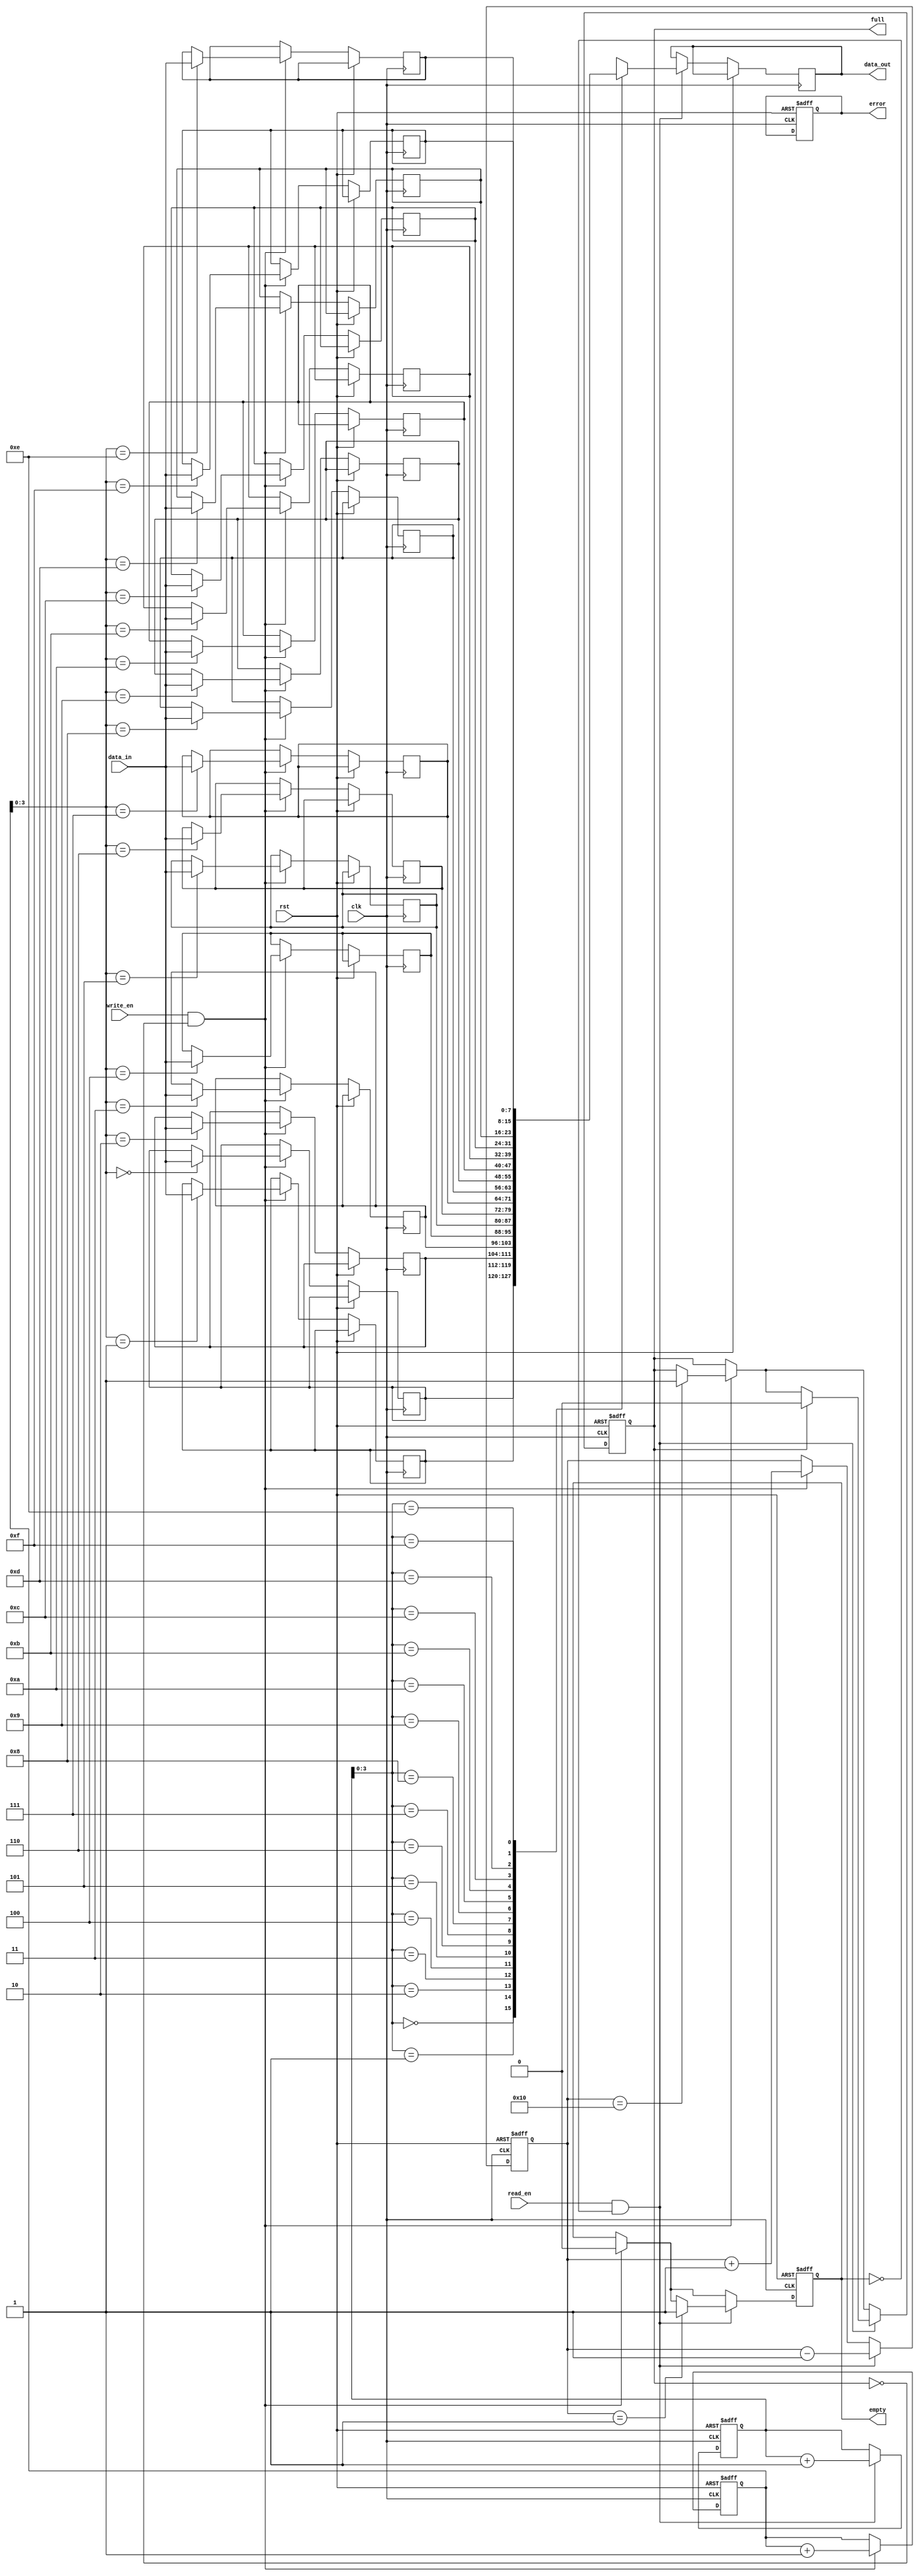
module Last_Word_Fall_Through_FIFO (
    input wire clk,
    input wire rst,
    input wire [DATA_WIDTH-1:0] data_in,
    input wire write_en,
    input wire read_en,
    output wire [DATA_WIDTH-1:0] data_out,
    output wire full,
    output wire empty,
    output wire error
);

parameter DEPTH = 16; // depth of the FIFO buffer
parameter DATA_WIDTH = 8; // width of each data word

reg [DATA_WIDTH-1:0] memory [0:DEPTH-1];
reg [DEPTH-1:0] read_ptr;
reg [DEPTH-1:0] write_ptr;
reg [DEPTH:0] count;

always @ (posedge clk or posedge rst) begin
    if (rst) begin
        read_ptr <= 0;
        write_ptr <= 0;
        count <= 0;
        full <= 0;
        empty <= 1;
        error <= 0;
    end else begin
        if (write_en && !full) begin
            memory[write_ptr] <= data_in;
            write_ptr <= write_ptr + 1;
            count <= count + 1;
            if (count == DEPTH) begin
                full <= 1;
            end
            if (empty) begin
                empty <= 0;
            end
        end
        if (read_en && !empty) begin
            data_out <= memory[read_ptr];
            read_ptr <= read_ptr + 1;
            count <= count - 1;
            if (count == 1) begin
                empty <= 1;
            end
            if (full) begin
                full <= 0;
            end
        end
    end
end

endmodule